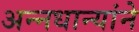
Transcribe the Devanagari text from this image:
अन्नधान्यांने